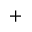
^ +